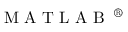
\mathrm { ~ M ~ A ~ T ~ L ~ A ~ B ~ } \textsuperscript { \textregistered }